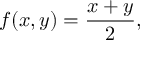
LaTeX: f ( x , y ) = { \frac { x + y } { 2 } } ,